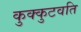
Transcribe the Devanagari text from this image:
कुक्कुटवति